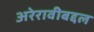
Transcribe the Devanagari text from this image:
अरेरावीबद्दल